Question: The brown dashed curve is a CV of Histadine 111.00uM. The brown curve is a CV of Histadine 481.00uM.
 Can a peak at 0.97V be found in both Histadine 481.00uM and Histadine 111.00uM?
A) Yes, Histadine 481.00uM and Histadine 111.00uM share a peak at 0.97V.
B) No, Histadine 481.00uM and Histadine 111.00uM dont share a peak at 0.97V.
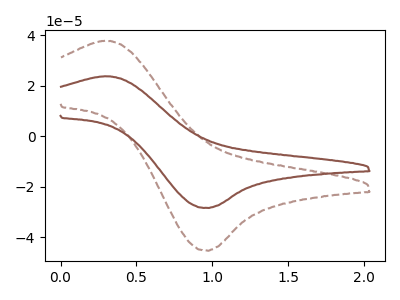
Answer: <think>The brown dashed curve "Histadine 111.00uM" has an anodic peak at (0.30V, 37.75uA) and a cathodic peak at (0.95V, -45.35uA). The brown curve "Histadine 481.00uM" has an anodic peak at (0.30V, 23.70uA) and a cathodic peak at (0.95V, -28.45uA).</think>
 <answer>A) Yes, "Histadine 481.00uM" and "Histadine 111.00uM" share a peak at 0.97V.</answer>
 <eval>A</eval>